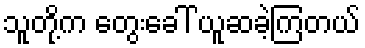
သူတို့က တွေးခေါ် ယူဆခဲ့ကြတယ်